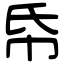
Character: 帋